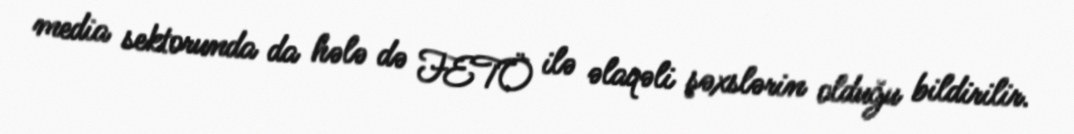
media sektorunda da hələ də FETÖ ilə əlaqəli şəxslərin olduğu bildirilir.